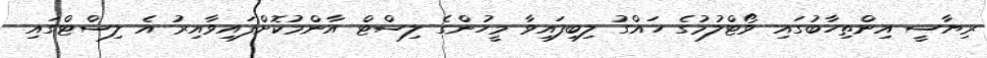
ރިޔާސީ އިންތިހާބުގައި ވޯޓްލުމުގެ ހައްގު ލިބިފައިވާ މީހުންގެ ލިސްޓް އާންމުކޮށްފައިވާއިރު އެ ލިސްޓްގައި